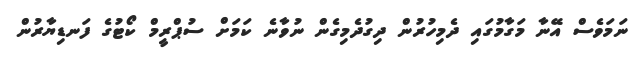
ނަމަވެސް އޭނާ މަގާމުގައި ދެމިހުރުން ދިގުދެމިގެން ނުވާނެ ކަމަށް ސުޕްރީމް ކޯޓުގެ ފަނޑިޔާރުން